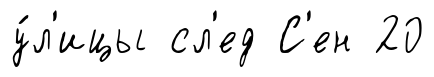
у́л'ицы сл'ед С'ен 20